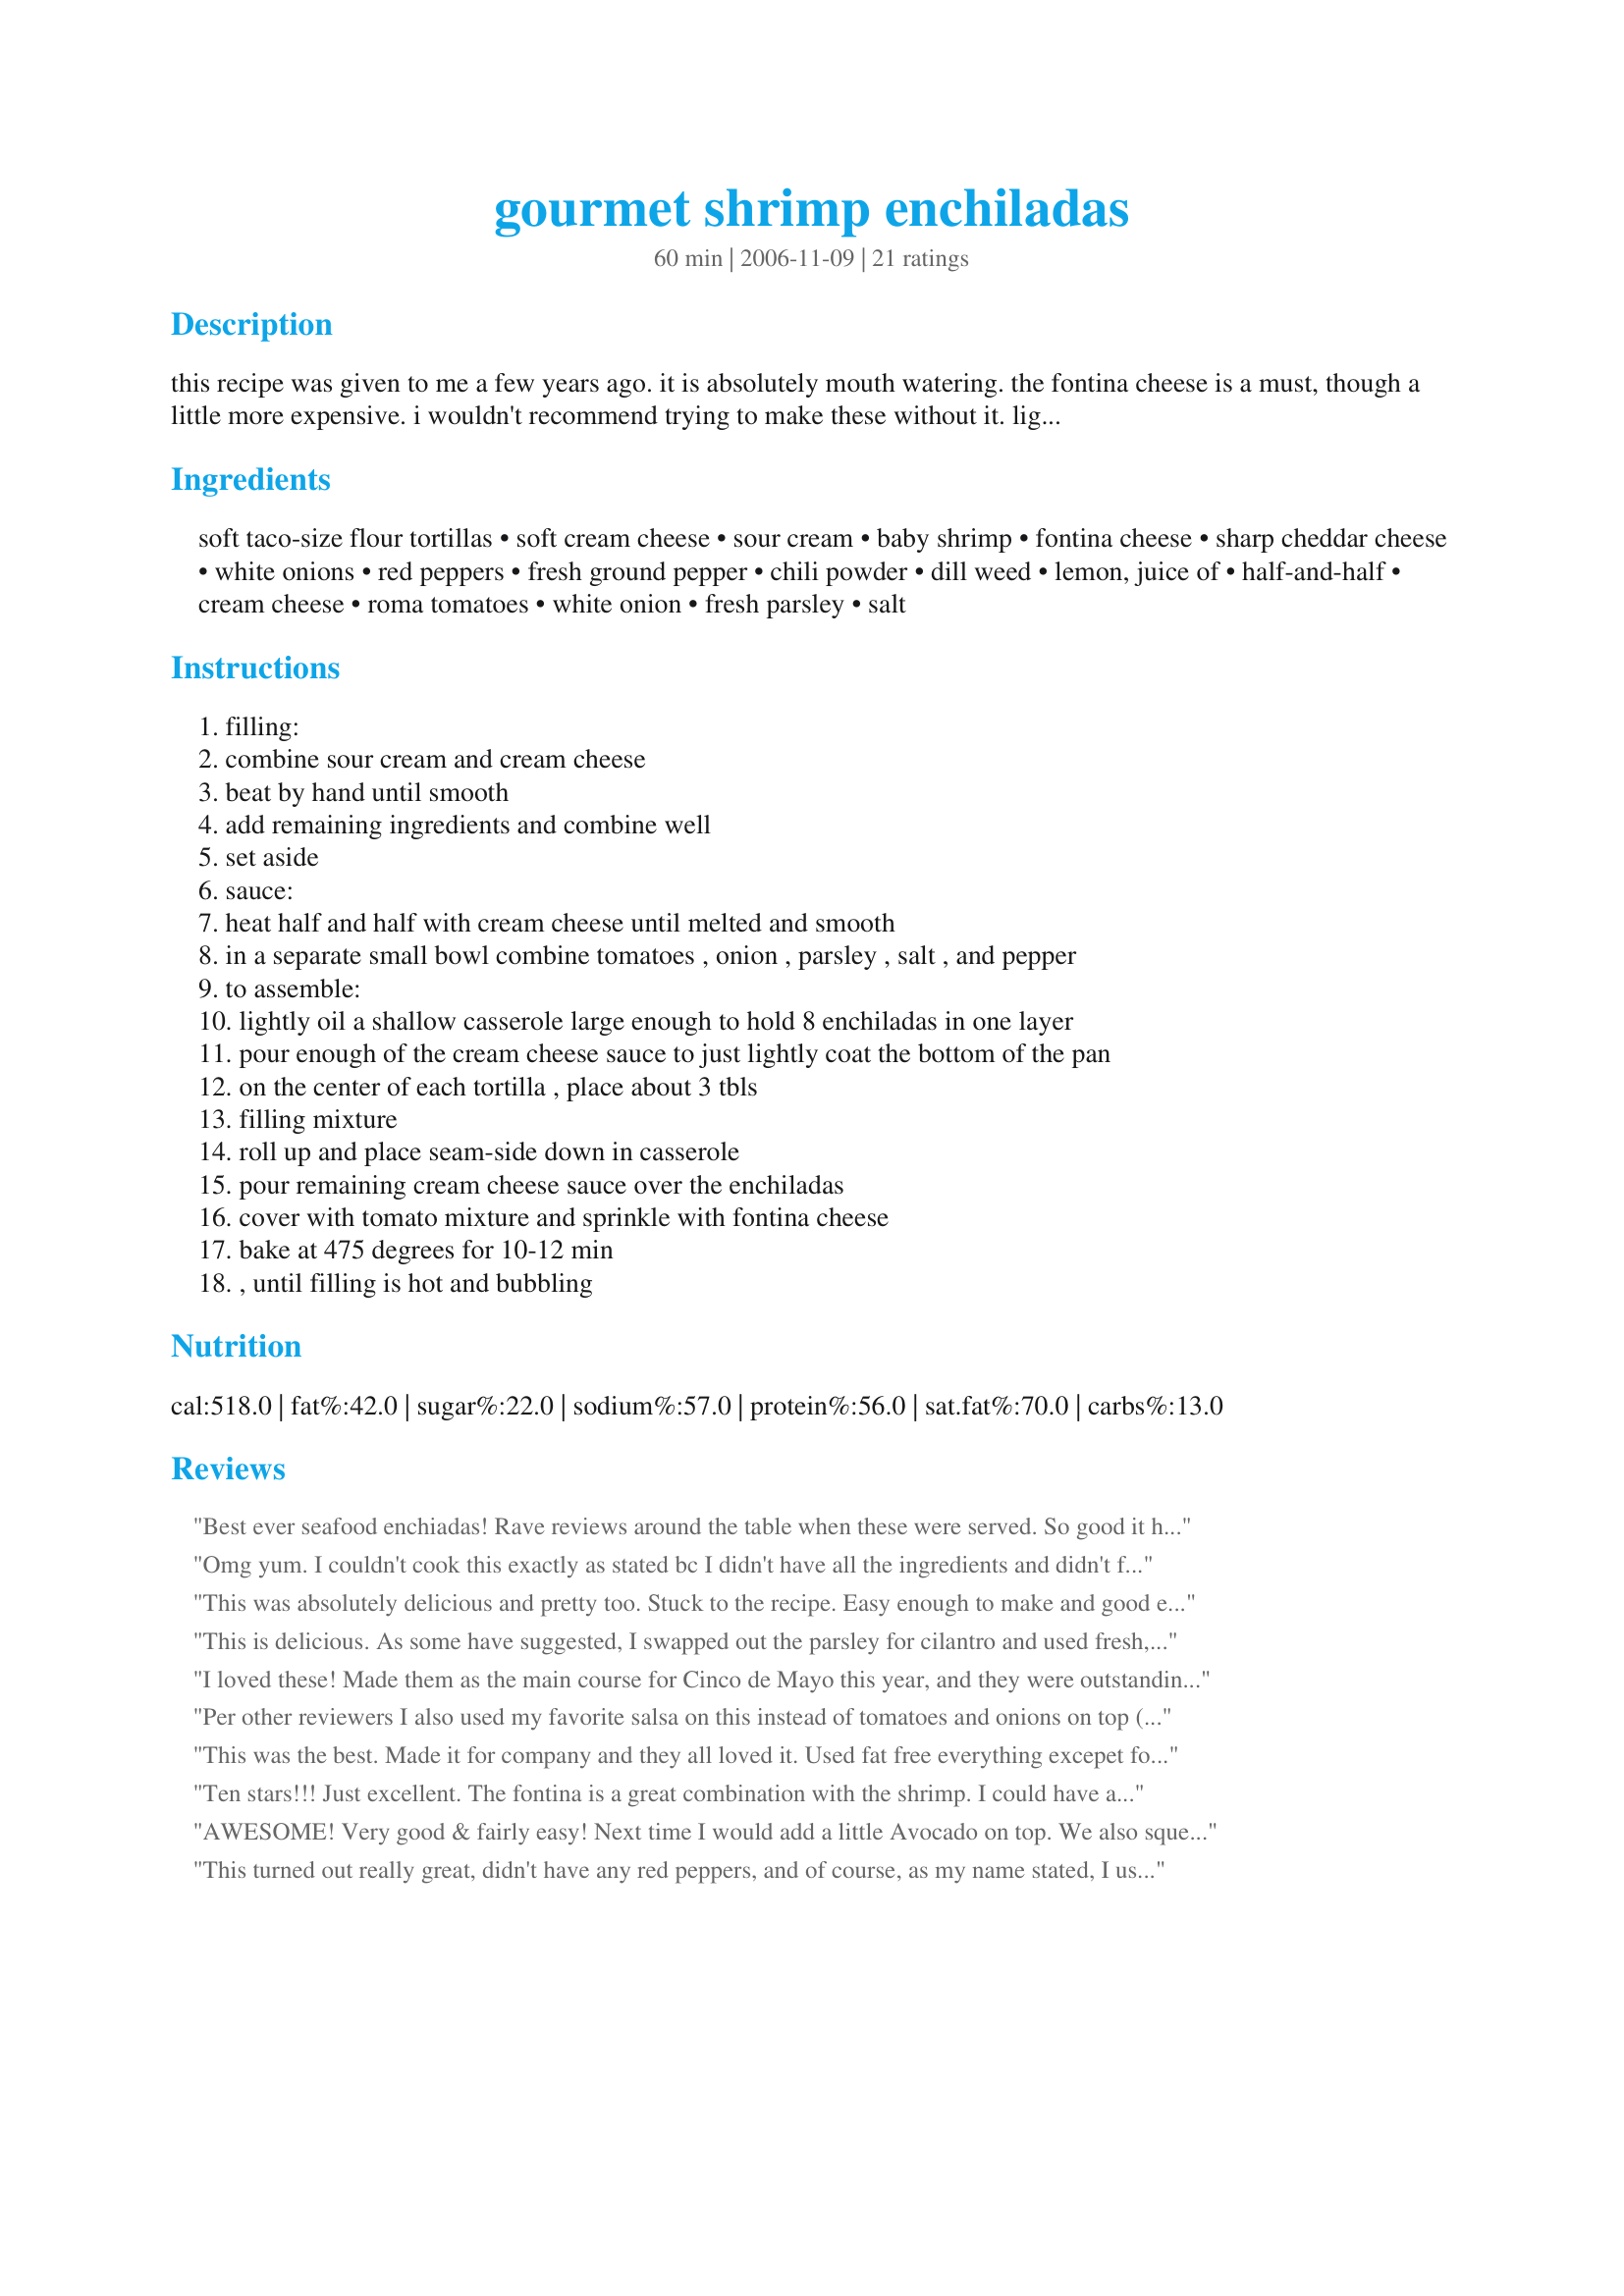
gourmet shrimp enchiladas
Preparation time: 60 minutes

this recipe was given to me a few years ago. it is absolutely mouth watering. the fontina cheese is a must, though a little more expensive. i wouldn't recommend trying to make these without it. light cream cheese and sour cream can be used in place of regular. enjoy.

Ingredients:
soft taco-size flour tortillas, soft cream cheese, sour cream, baby shrimp, fontina cheese, sharp cheddar cheese, white onions, red peppers, fresh ground pepper, chili powder, dill weed, lemon, juice of, half-and-half, cream cheese, roma tomatoes, white onion, fresh parsley, salt

Steps:
filling:, combine sour cream and cream cheese, beat by hand until smooth, add remaining ingredients and combine well, set aside, sauce:, heat half and half with cream cheese until melted and smooth, in a separate small bowl combine tomatoes , onion , parsley , salt , and pepper, to assemble:, lightly oil a shallow casserole large enough to hold 8 enchiladas in one layer, pour enough of the cream cheese sauce to just lightly coat the bottom of the pan, on the center of each tortilla , place about 3 tbls, filling mixture, roll up and place seam-side down in casserole, pour remaining cream cheese sauce over the enchiladas, cover with tomato mixture and sprinkle with fontina cheese, bake at 475 degrees for 10-12 min, , until filling is hot and bubbling

Reviews:
Best ever seafood enchiadas! Rave reviews around the table when these were served. So good it has become one of those rare &quot;go to&quot; recipes for me. As an added benefit it can be made before guests arrive and in the oven cooking - leaving time to visit with guests (after all, isn&#039;t that why we throw these dinner parties?). Plus the main course is rich enough so a simple salad is all that&#039;s required for a side dish. Fresh berries with whipped cream for dessert and you&#039;ve got a meal that is elegant without being a stress to put together!
Omg yum. I couldn't cook this exactly as stated bc I didn't have all the ingredients and didn't feel like going to the store. I used a smoked gouda and pizza blend in place of fontina, cilantro instead of parsley, and more sour cream in place if cream cheese. Hell I didnt even have regular sharp cheddar and just shredded white cheddar cheese slices I had sitting in the fridge. I even omitted tomatoes bc I didn't have any. Still phenomonal. I can't wait to cook them according to the actual recipe next time.
This was absolutely delicious and pretty too. Stuck to the recipe. Easy enough to make and good enough for company or everyday. I assembled it the night before then popped it in the oven. Fontina is the king of melting cheeses.
Thank you, Jekase
This is delicious. As some have suggested, I swapped out the parsley for cilantro and used fresh, drained salsa as the topping. One hint, though. If you are making these ahead and storing in the refrigerator, heat more slowly on a lower temperature. I would recommend 350 for 25-30 minutes. The higher temp is ok for room temperature, just made enchiladas, but straight from the fridge the high heat cooks the outside too fast without giving the inside a chance to heat thoroughly. Great recipe!
I loved these! Made them as the main course for Cinco de Mayo this year, and they were outstanding.

I used a combination of crab meat (store had crab legs on sale) and shrimp. I didn't have baby shrimp, so I just cut up large shrimp into chunky pieces, and it worked well. I added diced green chiles and some green bell pepper to the filling, and used a homemade southwest seasoning blend in place of the chili powder.

The sauce was incredibly creamy -- I added a little more half-n-half to the cream cheese, and also added a dollop of sour cream to the mixture. Instead of topping with the tomatoes and onions, I used fresh tomato salsa, spooned out with a slotted spoon to reduce the liquid.

I baked mine for 18 minutes, and they were hot, gooey, and delicious. I look forward to making -- and eating -- these again.
Per other reviewers I also used my favorite salsa on this instead of tomatoes and onions on top (it added a little more kick) and doubled the sauce. I don't know how it could have done without!
This was the best. Made it for company and they all loved it. Used fat free everything excepet for the cheese. Was still very rich and creamy. Also chopped up regular shrimp instead of the baby shrimp. And left out the tomatoes (Hubby hates them), and used red peppers instead. Will be making this again and again.
Ten stars!!! Just excellent. The fontina is a great combination with the shrimp. I could have added a tad bit more sauce as I halved the recipe. Thanks your for sharing this.
AWESOME! Very good & fairly easy! Next time I would add a little Avocado on top. We also squeezed a little lime over the enchilada! Yummy!
This turned out really great, didn't have any red peppers, and of course, as my name stated, I used more cheeese than called for, both fontina and cheddar and it was excellent. Another thing I changed was lobster was on sale, cheaper than shrimp if you can believe, so thats what I used and wow were they good. Our New Years Day dinner. Superb, easy, excellent flavor, just a little bit costly to prepare!!! An easy way to make the filling is if using frozen shrimp (which I did,btw I used large wild caught uncooked shrimp) put the defrosted shrimp in a skillet with small amount of butter. Add the onions, peppers (I also added some serrano chiles for flavor) and saute until shrimp is just pink. Add s & p, dill, and chili powder and lastly lemon juice,( I didn't use lemon juice as I though it was too wet already). Then add your cheeses. Filling is complete. For the assembly, I filled the softened tortillas with shrimp mixture, rolled them up and placed them on top of some of the cream cheese, cream sauce. Then I poured the remaining sauce all over the top of the enchiladas and then I put the tomato mixture of top of that and then I put the fontina cheese on top. Phew!!!
These are so delicious! I used cilantro instead of parsley, other then that I followed this recipe to the t.
My kids love this.

I have made a few adjustments in the past - I double the chili powder, chop 1 lb of shrimp instead of the baby shrimp, and use cilantro in place of parsley. I've also added sliced white mushrooms when I have them in the fridge. 

As someone else suggested - salsa on top is a lot easier!

Really good after a day of sledding or skiing!
This recipe is truly worthy of its name "Gourmet"! I worred about 8 tortillas serving 4 people, but the portions are perfect. I almost used corn tortillas (normal for enchiladas), but the delicacy of the shrimp taste really calls for the blander flour tortillas. The flavors are robust enough to call this a "Mexican" dish without adding any extra spices and the marriage of fontina cheese with shrimp is made in heaven. I, too, substituted the parsley for cilantro and it tasted more authentic. This was an incredible dish that got RAVE reviews from my guests. I will make it again and again.
These turned out great and were exactly what I was looking for tonight. They are similar to a local restaurant which was cool. Fontina cheese is absolutely key.Tortillas came out perfect, not soggy at all. Even my 5 year olds liked them! Getting the cream cheese to melt in the microwave was interesting. After 3-4 rounds of 30 seconds eventually the sauce came together.
Very yummy! I added a small can of hot green chiles, 1/4 tsp cumin and a 2 cloves of garlic to filling. In addition, I subbed cilantro for parsley and used smoked fontina. Definitely will be making this again. Company worthy.
This is absolutely amazing. I've made it several times in the past month and it is a HUGE hit...the flavors are not bland at all...i've subsitituted crab for shrimp (though it can be a bit pricier) with fantastic results. I had a friend tell me that he felt like he had ordered these from a restaurant...the only issue is that is only makes 8, so you may have to use two pans. Thank you so much---this is definitely in my top 5!
This was really tasty with a few modifications. I used cilantro instead of parsley and bigger shrimp cut in smaller pieces. I was so pleasantly surprised! I didn't think this was going to go together but everything tasted wonderful! I loved it.
Wow, this was really good. It was pretty labor intensive for me, but certainly worth the effort. I made half chicken and half shrimp, and it works well with the chicken also.
This was OK. I thought it was too rich with all the cream cheese and I think it needed some more spices to perk it up. Maybe some cumin, seasoning salt and cilantro in the filling? A little bland for me. But they are something different to make for a mexican night and make for a pretty presentation. I also used cilantro instead of parlsey and chopped up bigger shrimp b/c baby shrimp tend to taste fishy to me. Thanks for sharing!
I made this last night for a couple friends. We all loved it. The only changes that I made were substituting cilantro for parsley and cut up medium-sized shrimp for the baby shrimp. It was a little labor intensive, but I'm looking forward to making this again!
What lovely enchiladas!!! Being hispanic, I always approach Mexican food recipes with some trepidation - but these were easy to make and wonderful. I followed the recipe exactly except for at the end. For the sauce, I went ahead and incorporated the minced onion, parsley, salt and pepper to the cream cheese mixture instead of mixing them with the tomatoes. The tomatoes were added alone, followed by the cheese. These are keepers and I can't wait to try them with chicken. I agree with Sous Me - these are company worthy! Thanks for posting, Jekase!
